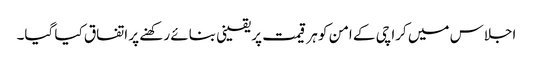
اجلاس میں کراچی کے امن کو ہر قیمت پر یقینی بنائے رکھنے پر اتفاق کیا گیا۔